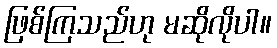
ဖြစ်ကြသည်ဟု မဆိုလိုပါ။